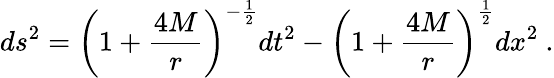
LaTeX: ds^{2}=\left(1+{\frac{4M}{r}}\right)^{-{\frac{1}{2}}}dt^{2}-\left(1+{\frac{4M}{r}}\right)^{\frac{1}{2}}dx^{2}\ .